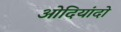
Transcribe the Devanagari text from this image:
ओदियांदो